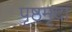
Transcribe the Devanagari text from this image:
पृष्ठमृदा